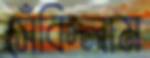
সেঁকিলাম